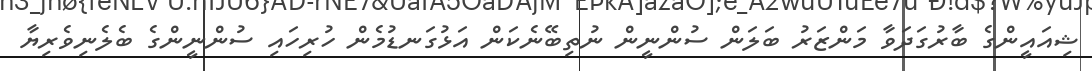
ޝިއައީންގެ ބާރުގަދަވާ މަންޒަރު ބަލަން ސުންނީން ނުތިބޭނެކަން އަޅުގަނޑުމެން ހުރިހައި ސުންނީންގެ ބެލެނިވެރިޔާ